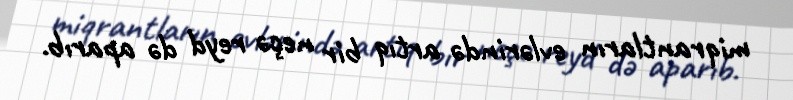
miqrantların evlərində artıq bir neçə reyd də aparıb.